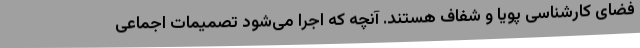
فضای کارشناسی پویا و شفاف هستند. آنچه که اجرا می‌شود تصمیمات اجماعی